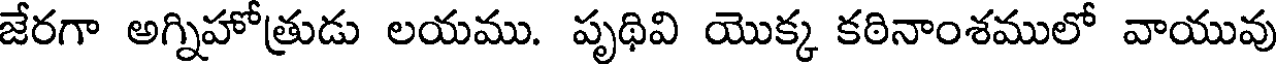
జేరగా అగ్నిహోత్రుడు లయము. పృథివి యొక్క కఠినాంశములో వాయువు